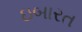
ઇબારત